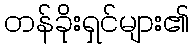
တန်ခိုးရှင်များ၏